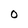
Character: O